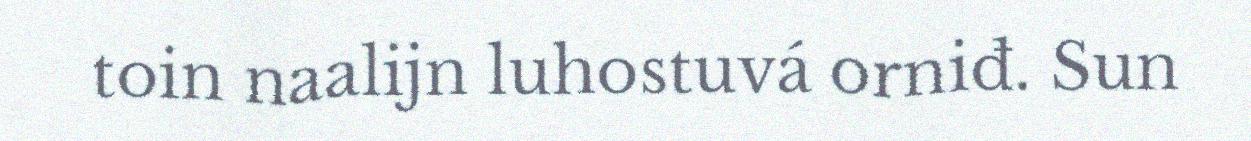
toin naalijn luhostuvá orniđ. Sun